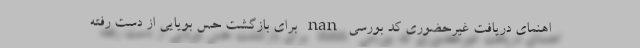
اهنمای دریافت غیرحضوری کد بورسی nan برای بازگشت حس بویایی از دست رفته